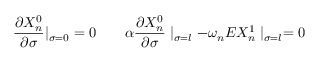
\frac { \partial X _ { n } ^ { 0 } } { \partial \sigma } | _ { \sigma = 0 } = 0 \quad \quad \alpha \frac { \partial X _ { n } ^ { 0 } } { \partial \sigma } \mid _ { \sigma = l } - \omega _ { n } E X _ { n } ^ { 1 } \mid _ { \sigma = l } = 0